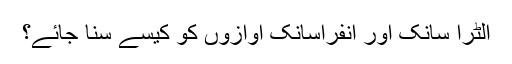
اَلٹرا سانک اور اِنفراسانک آوازوں کو کیسے سنا جائے؟